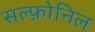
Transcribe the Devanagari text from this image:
सल्फ़ोनिल